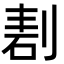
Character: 剨